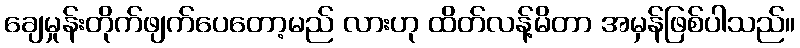
ချေမှုန်းတိုက်ဖျက်ပေတော့မည် လားဟု ထိတ်လန့်မိတာ အမှန်ဖြစ်ပါသည်။